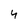
Character: 4